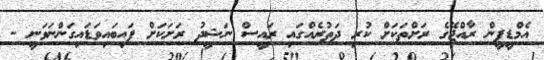
އެމްޑީޕީން ރާއްޖޭގެ ރަށްތަކަށް ކުރި ދަތުރެއްގައި ރައީސް ނަޝީދު ރަށަކަށް ފައިބައިވަޑައިގަންނަވަނީ -